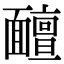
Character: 𩉊